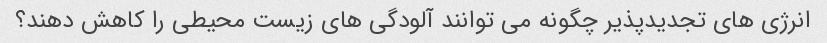
انرژی های تجدیدپذیر چگونه می توانند آلودگی های زیست محیطی را کاهش دهند؟